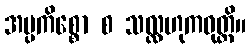
အပ္ပကိစ္စော စ သလ္လဟုကဝုတ္တိ။